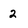
Character: 2